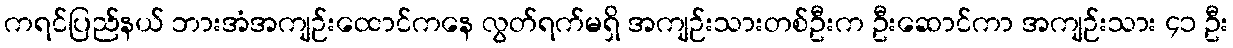
ကရင်ပြည်နယ် ဘားအံအကျဉ်းထောင်ကနေ လွတ်ရက်မရှိ အကျဉ်းသားတစ်ဦးက ဦးဆောင်ကာ အကျဉ်းသား ၄၁ ဦး